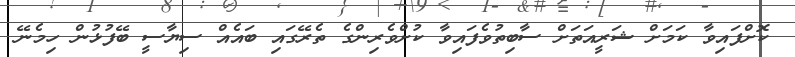
ކޮށްފައިވާ ކަމަށް ޝަރީއަތަށް ސާބިތުވެފައިވާ ކުށްވެރިންގެ ތެރޭގައި ބައެއް ސިޔާސީ ބޭފުޅުން ހިމެނޭ